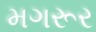
મગરૂર